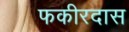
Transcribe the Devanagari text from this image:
फकीरदास